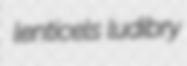
lenticels ludibry